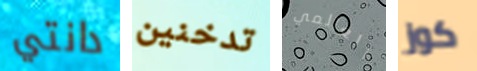
دانتي تدخنين العالمي كوز